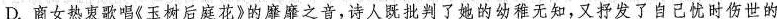
D.商女热衷歌唱《玉树后庭花》的靡靡之音，诗人既批判了她的幼稚无知，又抒发了自己忧时伤世的